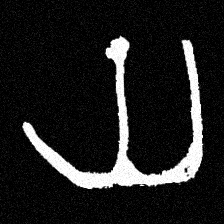
Pyu character \u2014 Myanmar letter: ယ (romanized: ya)